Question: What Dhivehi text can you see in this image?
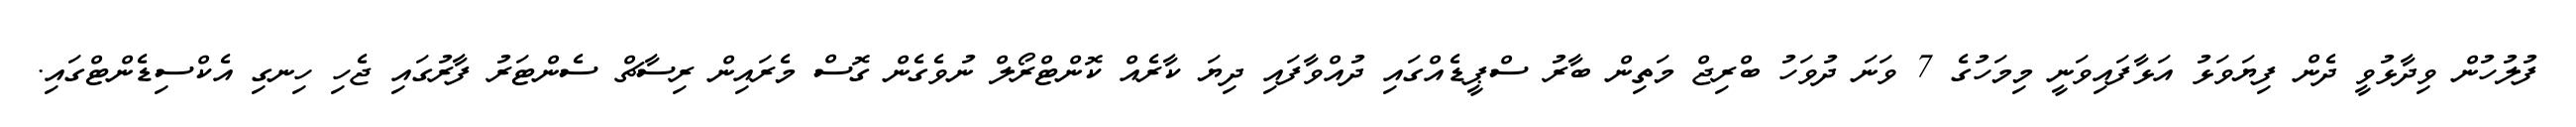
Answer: ފުލުހުން ވިދާޅުވީ ދެން ފިޔަވަޅު އަޅާފައިވަނީ މިމަހުގެ 7 ވަނަ ދުވަހު ބްރިޖް މަތިން ބާރު ސްޕީޑެއްގައި ދުއްވާފައި ދިޔަ ކާރެއް ކޮންޓްރޯލް ނުވެގެން ގޮސް މެރައިން ރިސާޗް ސެންޓަރު ފާރުގައި ޖެހި ހިނގި އެކްސިޑެންޓްގައި.